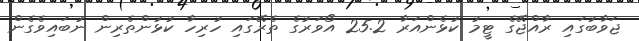
ޖަވާބުގައި ރާއްޖޭގެ ޓީމު ކުޅެންއަރާ 25.2 އޯވަރުގެ ތެރޭގައި ހުރިހާ ކުޅުންތެރިން ނުބައިވެގެން